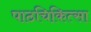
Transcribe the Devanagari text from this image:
पाठचिकित्सा